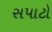
સપાટો